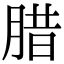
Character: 腊